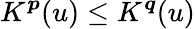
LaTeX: K^{\boldsymbol{p}}(u)\le K^{\boldsymbol{q}}(u)